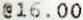
@16.00